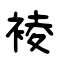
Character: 裬